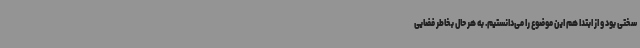
سختی بود و از ابتدا هم این موضوع را می‌دانستیم. به هر حال بخاطر فضایی